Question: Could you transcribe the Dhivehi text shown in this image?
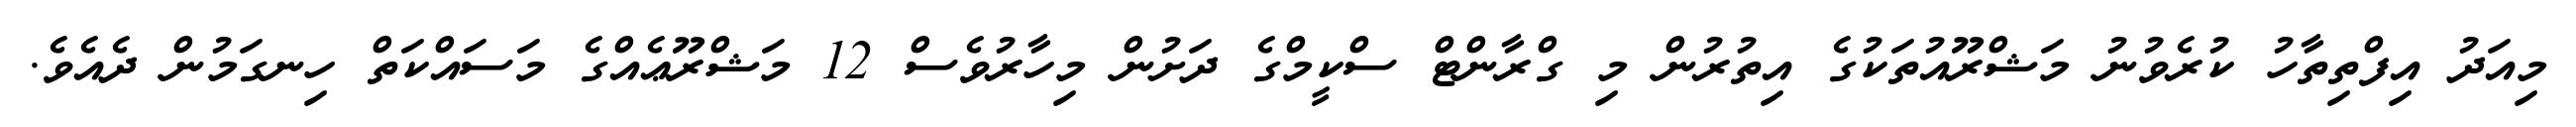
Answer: މިއަދު އިފްތިތާހު ކުރެވުނު މަޝްރޫއުތަކުގެ އިތުރުން މި ގްރާންޓް ސްކީމްގެ ދަށުން މިހާރުވެސް 12 މަޝްރޫޢެއްގެ މަސައްކަތް ހިނގަމުން ދެއެވެ.